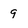
Character: 9